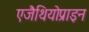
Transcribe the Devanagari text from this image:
एजैथियोप्राइन